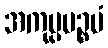
အကုပ္ပပဉ္စမံ